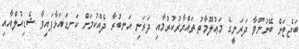
ބަޖެޓަށް ބޭނުންވާ ދަރަނީގެ މަޢުލޫމާތު ތައްޔާރުކުރުމާއި ދަރަނި އަނބުރާ ދެއްކުމަށް ކަނޑައަޅާފައިވާ ޝެޑިއުލްއާއި